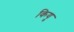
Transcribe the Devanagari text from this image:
कियु